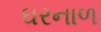
ઘરનાળ